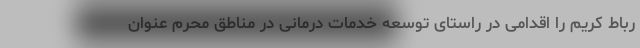
رباط کریم را اقدامی در راستای توسعه خدمات درمانی در مناطق محرم عنوان